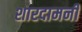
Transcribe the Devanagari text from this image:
शारदामनी